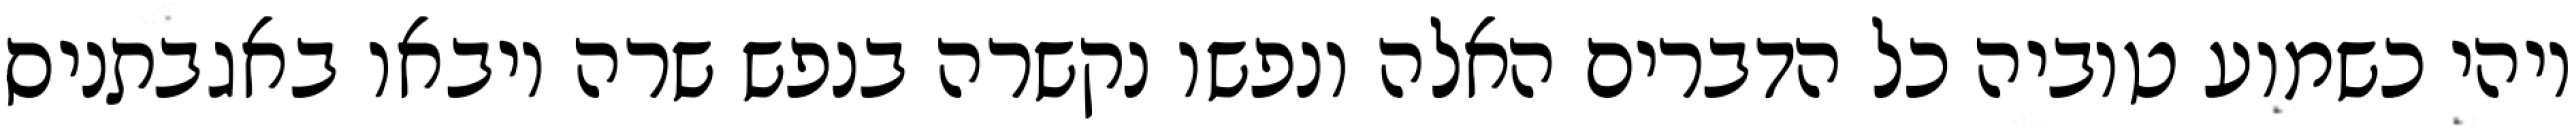
ויהי כשמוע טוביה כל הדברים האלה ונפשו נקשרה בנפש שרה ויבאו באגבתניס